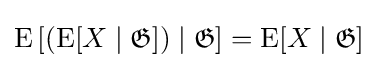
\operatorname {E} \left[\left(\operatorname {E} [X\mid {\mathfrak {G}}]\right)\mid {\mathfrak {G}}\right]=\operatorname {E} [X\mid {\mathfrak {G}}]